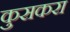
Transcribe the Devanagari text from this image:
कुसकरा